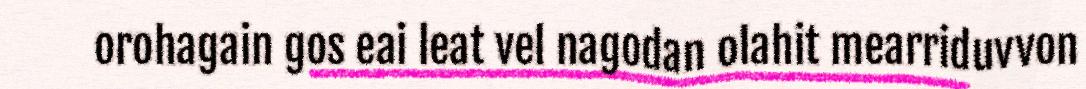
orohagain gos eai leat vel nagodan olahit mearriduvvon